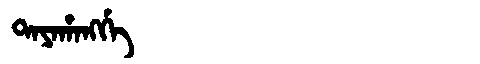
Manchu: ᡨᠠᠶᠠᡥᠠᠩᡤᡝ
Romanization: TAYAHANGGE